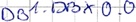
Text: DB1.DBX0.0